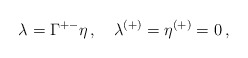
\begin{align*}\lambda = \Gamma^{+-}\eta\, ,\quad\lambda^{(+)} = \eta^{(+)} = 0\, ,\end{align*}